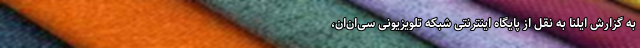
به گزارش ایلنا به نقل از پایگاه اینترنتی شبکه تلویزیونی سی‌ان‌ان،